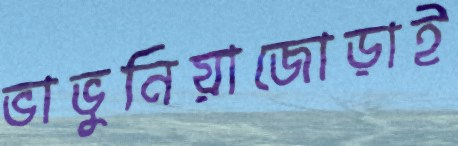
ভাভুনিয়াজোড়াই